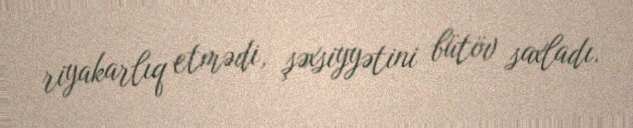
riyakarlıq etmədi, şəxsiyyətini bütöv saxladı.